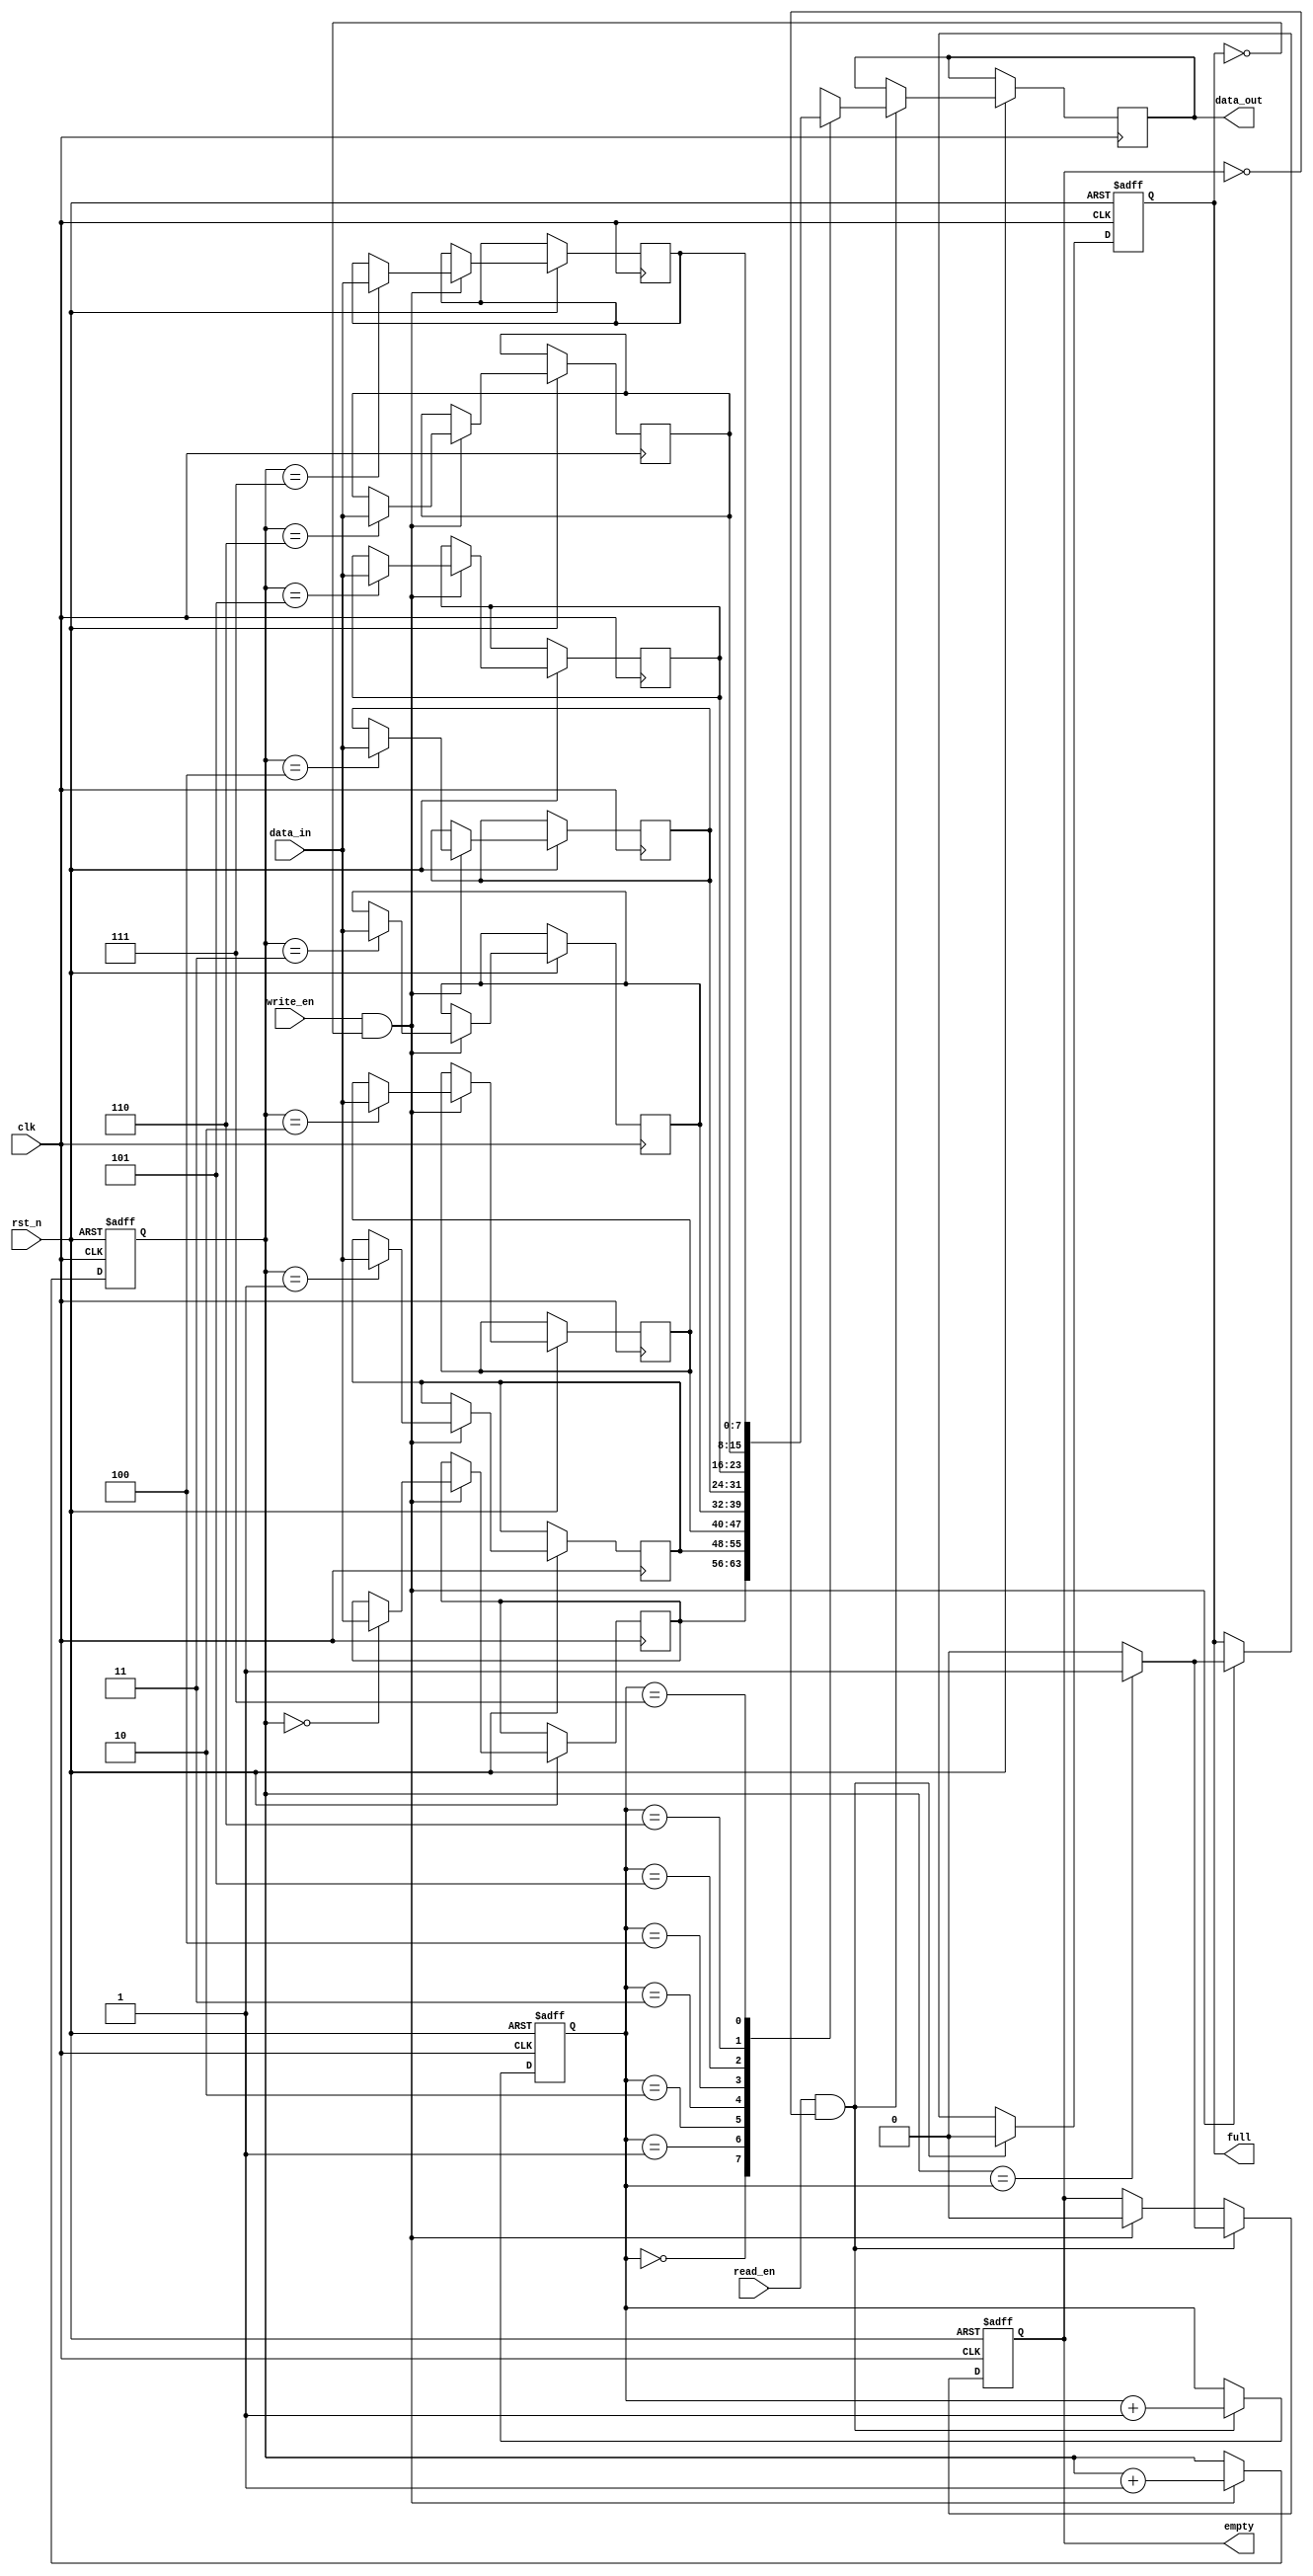
module circular_fifo (
  input wire clk,
  input wire rst_n,
  input wire write_en,
  input wire read_en,
  input wire [7:0] data_in,
  output wire [7:0] data_out,
  output reg full,
  output reg empty
);

parameter BUFFER_SIZE = 8; // Fixed number of data values
reg [7:0] buffer [0:BUFFER_SIZE-1];
reg [2:0] write_ptr;
reg [2:0] read_ptr;

always @(posedge clk or negedge rst_n) begin
  if (~rst_n) begin
    write_ptr <= 3'b000;
    read_ptr <= 3'b000;
    full <= 0;
    empty <= 1;
  end
  else begin
    if (write_en && !full) begin
      buffer[write_ptr] <= data_in;
      write_ptr <= write_ptr + 1;
      full <= (write_ptr == read_ptr) ? 1 : 0;
      empty <= 0;
    end
    
    if (read_en && !empty) begin
      data_out <= buffer[read_ptr];
      read_ptr <= read_ptr + 1;
      empty <= (write_ptr == read_ptr) ? 1 : 0;
      full <= 0;
    end
  end
end

endmodule